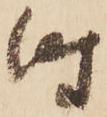
時